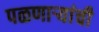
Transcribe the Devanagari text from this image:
पळणाऱ्यांची